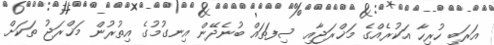
އަރަބި ހުރިހާ އަކުރެއްގެ މަޚްރަޖާއި ސިފަތައް ބުނެދޭން އިނގުމުގެ އިތުރުން މަޚްރަޖު ތަކަށް